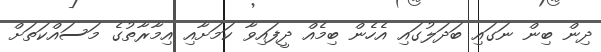
ދިން ބިން ނަގައި ބަދަލުގައި އެހެން ބިމެއް ދީފައިވާ ކަމަށާއި އިމާރާތުގެ މަސައްކަތަށް